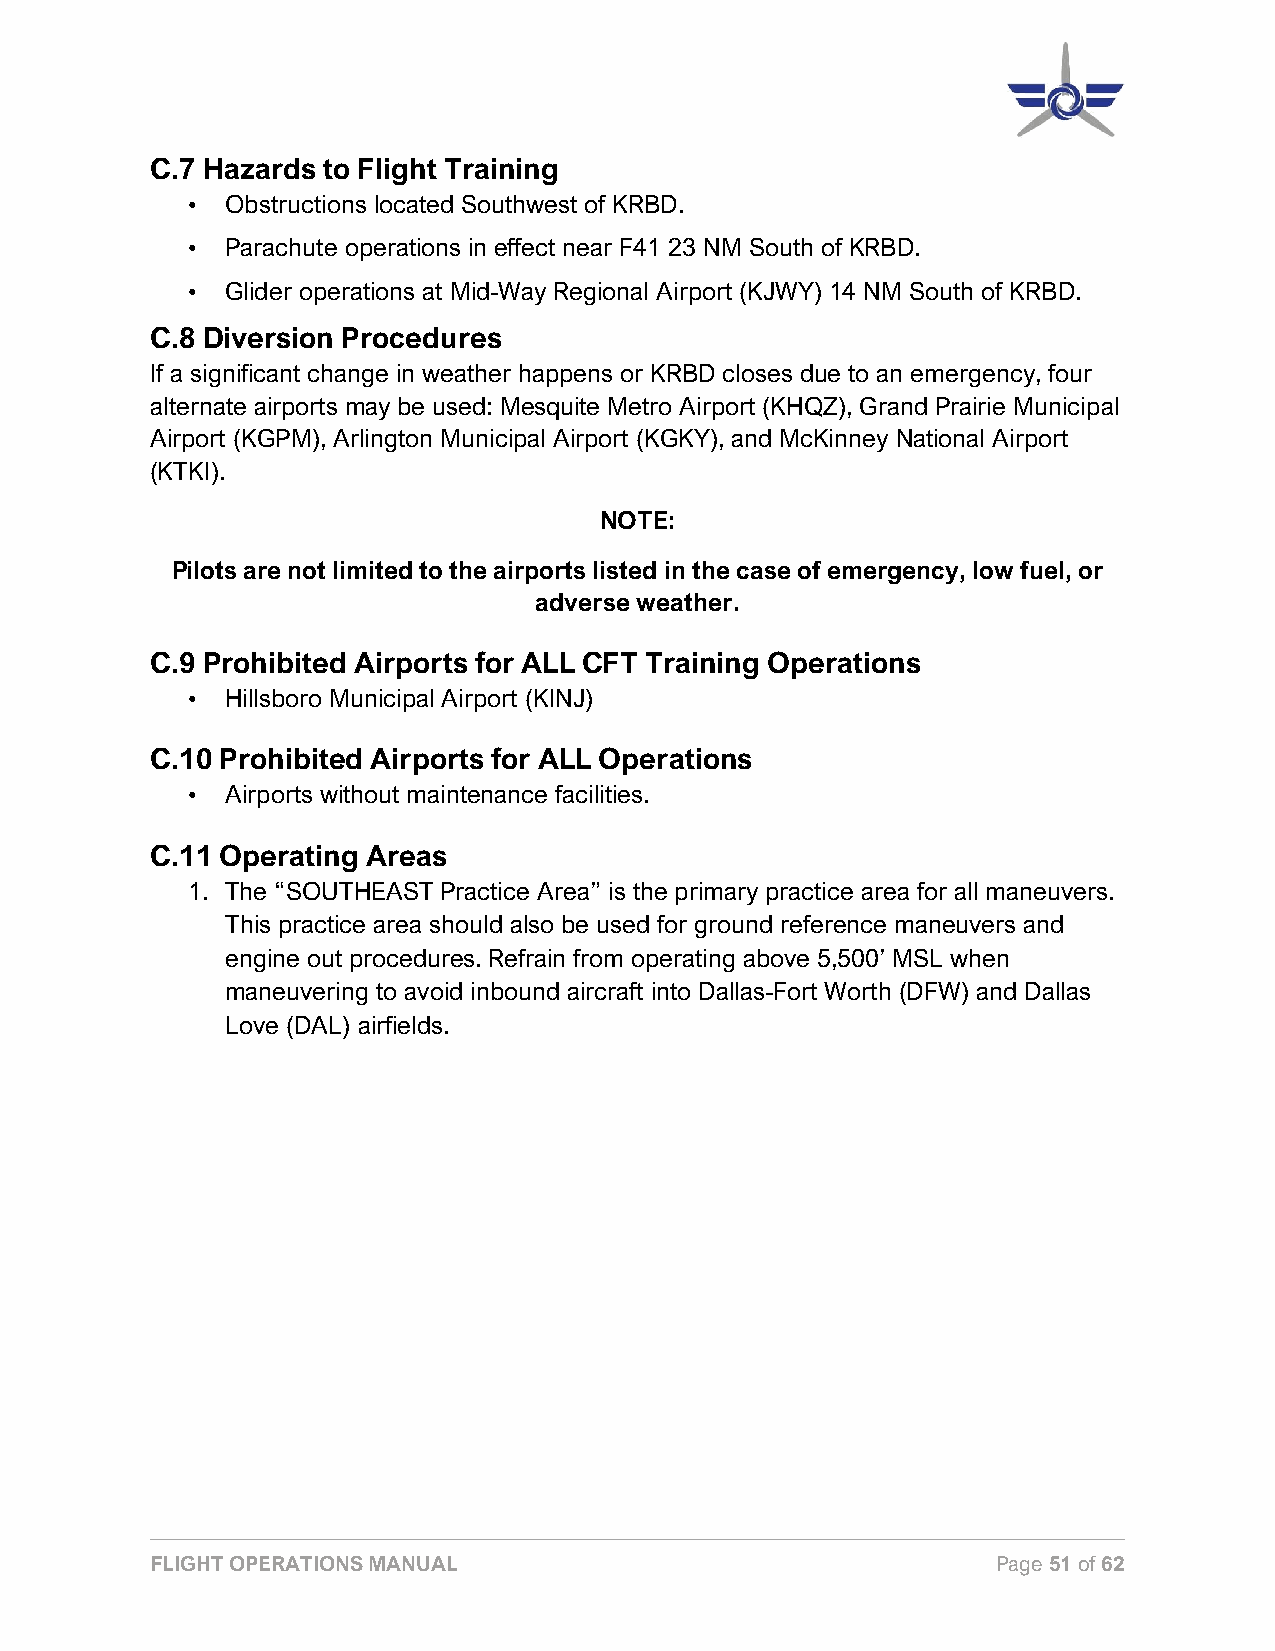
C.7 Hazards to Flight Training
 •  Obstructions located Southwest of KRBD.
 •  Parachute operations in effect near F41 23 NM South of KRBD.
 •  Glider operations at Mid-Way Regional Airport (KJWY) 14 NM South of KRBD.
 C.8 Diversion Procedures
 If a significant change in weather happens or KRBD closes due to an emergency, four
 alternate airports may be used: Mesquite Metro Airport (KHQZ), Grand Prairie Municipal
 Airport (KGPM), Arlington Municipal Airport (KGKY), and McKinney National Airport
 (KTKI).
 NOTE:
 Pilots are not limited to the airports listed in the case of emergency, low fuel, or
 adverse weather.
 C.9 Prohibited Airports for ALL CFT Training Operations
 •  Hillsboro Municipal Airport (KINJ)
 C.10 Prohibited Airports for ALL Operations
 •  Airports without maintenance facilities.
 C.11 Operating Areas
 1. The “SOUTHEAST Practice Area” is the primary practice area for all maneuvers.
 This practice area should also be used for ground reference maneuvers and
 engine out procedures. Refrain from operating above 5,500’ MSL when
 maneuvering to avoid inbound aircraft into Dallas-Fort Worth (DFW) and Dallas
 Love (DAL) airfields.
 FLIGHT OPERATIONS MANUAL                                Page 51 of 62